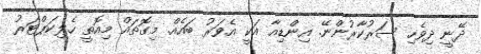
ދޭނީ ދިވެހި ސަރުކާރުންނޭ. އިންޑިއާ އަކީ އެވަރު ބައެއް. މިގޮތައް މިއޮތީ ހެލިކަޕްޓަރު